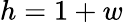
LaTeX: h=1+w